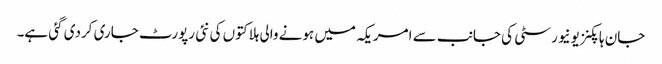
جان ہاپکنز یونیورسٹی کی جانب سے امریکہ میں ہونے والی ہلاکتوں کی نئی رپورٹ جاری کردی گئی ہے۔